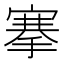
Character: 搴